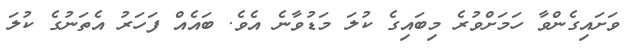
ވަށައިގެންވާ ހަމަށްވުރެ މިބައިގެ ކުލަ މަޑުވާނެ އެވެ. ބައެއް ފަހަރު އެތަނުގެ ކުލަ